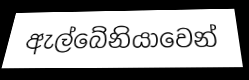
ඇල්බේනියාවෙන්